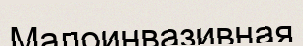
Малоинвазивная